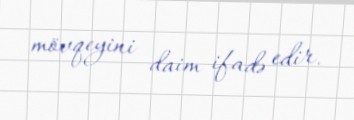
mövqeyini daim ifadə edir.